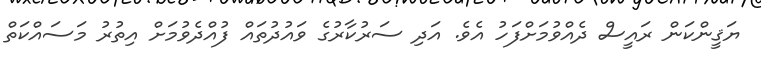
ޔަޤީންކަން ރައީސް ދެއްވުމަށްފަހު އެވެ. އަދި ސަރުކާރުގެ ވައުދުތައް ފުއްދެވުމަށް އިތުރު މަސައްކަތް